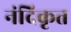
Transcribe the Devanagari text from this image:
नंदिकृत